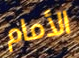
الأمام